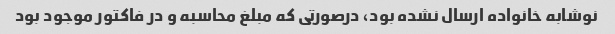
نوشابه خانواده ارسال نشده بود، درصورتی که مبلغ محاسبه و در فاکتور موجود بود